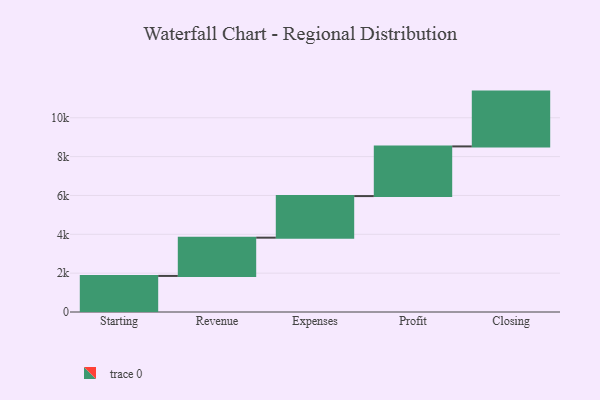
{"axis": {"x": "Step", "y": "Value"}, "legend": [""], "data": [{"x": "Starting", "y": 1857.0, "type": ""}, {"x": "Revenue", "y": 1970.0, "type": ""}, {"x": "Expenses", "y": 2141.0, "type": ""}, {"x": "Profit", "y": 2557.0, "type": ""}, {"x": "Closing", "y": 2822.0, "type": ""}]}